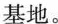
基地。